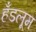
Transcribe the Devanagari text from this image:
हँडलूम